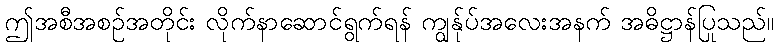
ဤအစီအစဉ်အတိုင်း လိုက်နာဆောင်ရွက်ရန် ကျွန်ုပ်အလေးအနက် အဓိဋ္ဌာန်ပြုသည်။